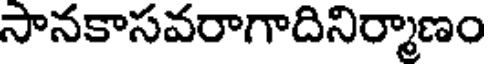
సానకాసవరాగాదినిర్మాణం